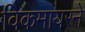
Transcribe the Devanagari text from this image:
विकमायरने